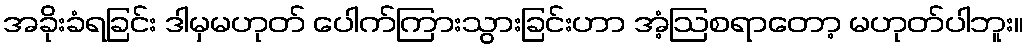
အခိုးခံရခြင်း ဒါမှမဟုတ် ပေါက်ကြားသွားခြင်းဟာ အံ့ဩစရာတော့ မဟုတ်ပါဘူး။